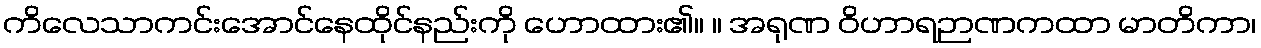
ကိလေသာကင်းအောင်နေထိုင်နည်းကို ဟောထား၏။ ။ အရုဏ ဝိဟာရဉာဏကထာ မာတိကာ၊